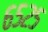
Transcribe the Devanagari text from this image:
६५२५